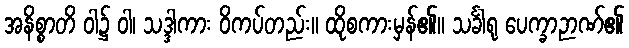
အနိစ္စာတိ ဝါ၌ ဝါ၊ သဒ္ဒါကား ဝိကပ်တည်း။ ထိုစကားမှန်၏။ သင်္ခါရု ပေက္ခာဉာဏ်၏